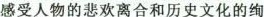
感受人物的悲欢离合和历史文化的绚